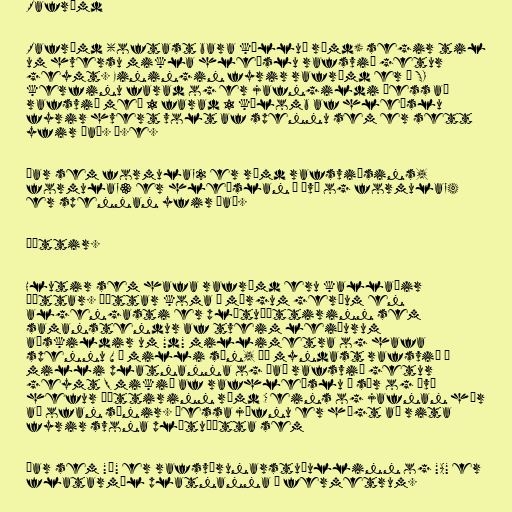
Rafrýmd

Rafrýmd (oftast bara kölluð rýmd) segir til
um hversu mikla hleðslu rafsvið getur
geymt. Einingin fyrir rafrýmd er í SI
kerfinu farad og er jafngildi þess að
rafsvið með 1 farad 1 kúlomb af hleðslu
fyrir hvert volt af spennu sem er sett
yfir það. Þ.e.

þar sem formula_2 er rýmd rafsviðsins,
formula_3 er hleðslan í því og formula_4
er spennan yfir það.

Þéttir.

Hlutir sem hafa rafrýmd eru kallaðir
þéttar. Þéttar koma í mörgum gerðum en
algengasti er plötuþéttirinn sem
samanstendur af tveim leiðurum
aðskildir um "d" millimetra og hafa
spennu V á milli sín, þá myndast rafsvið á
milli platnanna og það rafsvið getur
geymt Q mikið af rafhleðslu í sér og því
hefur þéttirinn rýmd C eins og jafnan hér
að ofan sýnir. Þessa jöfnu er hægt að rita
fyrir svona plötuþétta sem

þar sem "ϵ" er rafsvörunarstuðullinn og "A" er
flatarmál platnanna í fermetrum.